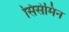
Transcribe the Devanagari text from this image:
सिसेमिन